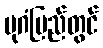
ပုဂံပြည်တွင်